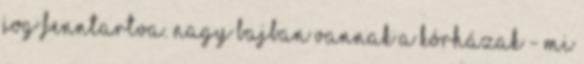
jog fenntartva. Nagy bajban vannak a kórházak - mi